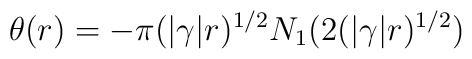
\theta(r) =  -\pi (|\gamma|r)^{1/2} N_{1}(2(|\gamma|r)^{1/2})